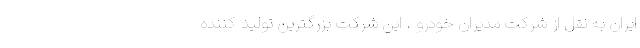
ایران به نقل از شرکت مدیران خودرو ، این شرکت بزرگترین تولید کننده